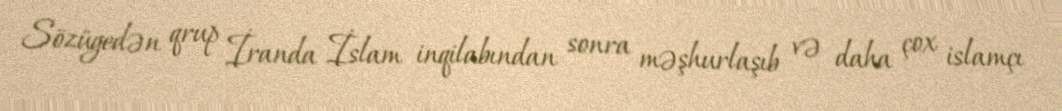
Sözügedən qrup İranda İslam inqilabından sonra məşhurlaşıb və daha çox islamçı